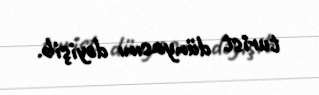
turist dünyasını dəyişib.